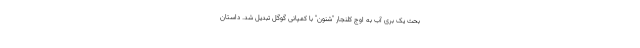
بحث یک بری آب به اوج کلنجار "شنون" با کمپانی گوگل تبدیل شد. داستان